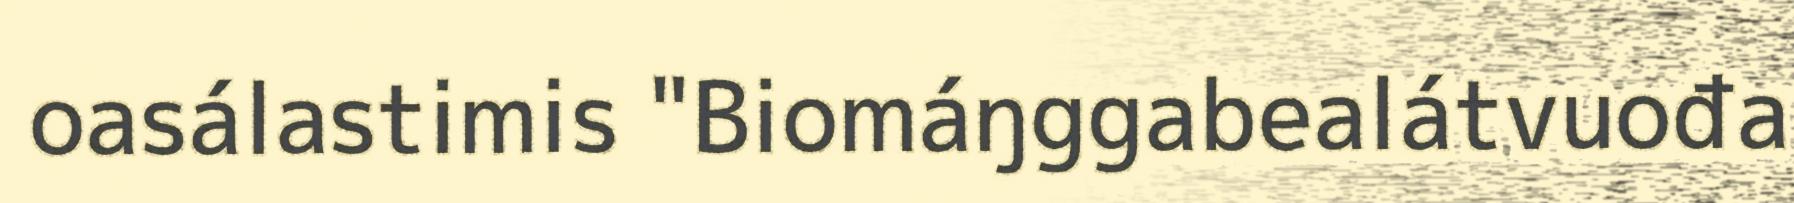
oasálastimis "Biomáŋggabealátvuođa